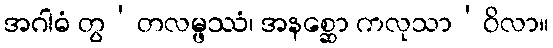
အဂါဓံ တွ’တလမ္ဖဿံ၊ အနစ္ဆော ကလုသာ’ဝိလာ။